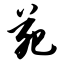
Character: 苑